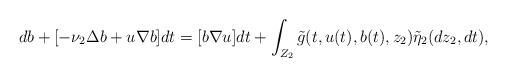
LaTeX: \begin{align*} db+[-\nu_2\Delta b+ u \nabla b]dt= [b\nabla u] dt + \int_{Z_2} \tilde{g}(t, u(t), b(t),z_2) \tilde{\eta}_2(dz_2, dt),\end{align*}